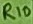
Text: R10